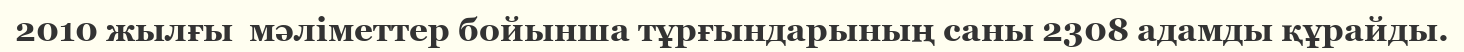
2010 жылғы  мәліметтер бойынша тұрғындарының саны 2308 адамды құрайды.